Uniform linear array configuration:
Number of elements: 24
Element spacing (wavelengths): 0.75
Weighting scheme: cosine
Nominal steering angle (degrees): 30
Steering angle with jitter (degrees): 30.627
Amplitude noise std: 0.05
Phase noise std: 0.05

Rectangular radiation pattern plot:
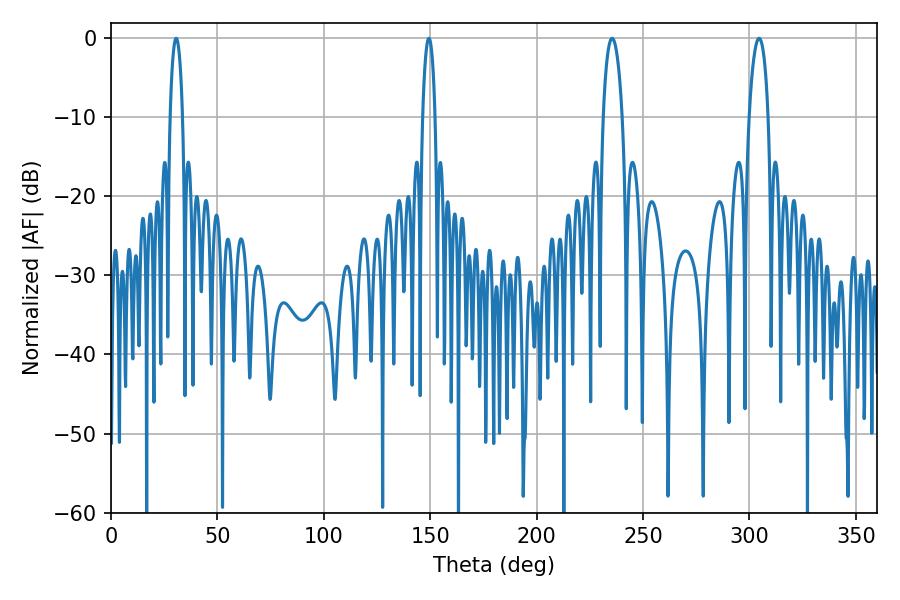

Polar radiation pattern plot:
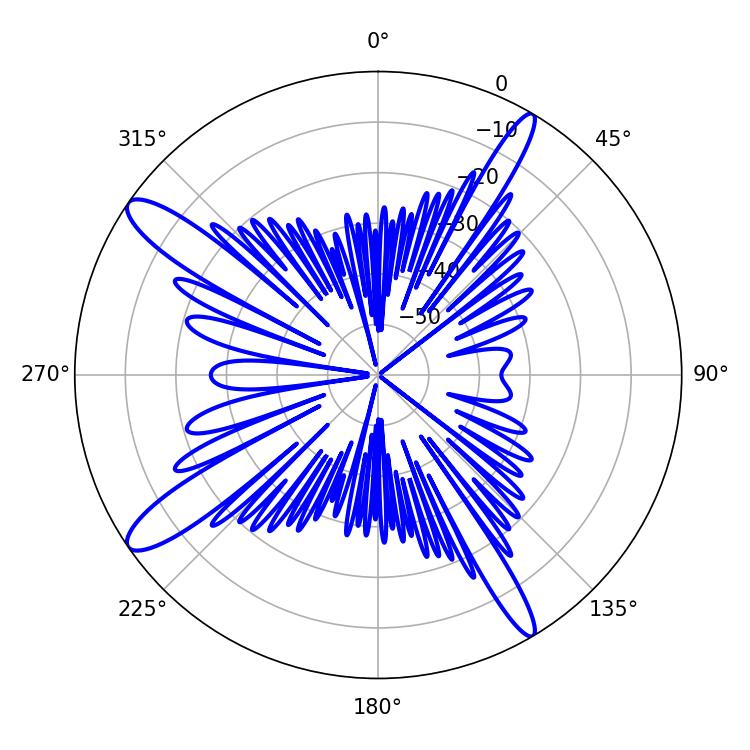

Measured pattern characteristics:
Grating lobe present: TRUE
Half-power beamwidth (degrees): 5.04
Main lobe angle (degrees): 235.44